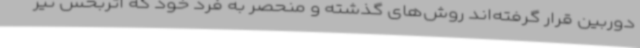
دوربین قرار گرفته‌اند روش‌های گذشته و منحصر به فرد خود که اثربخش نیز